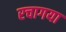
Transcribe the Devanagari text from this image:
रचागया